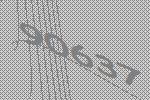
90637